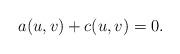
LaTeX: \begin{align*}a(u, v) + c(u,v) = 0.\end{align*}